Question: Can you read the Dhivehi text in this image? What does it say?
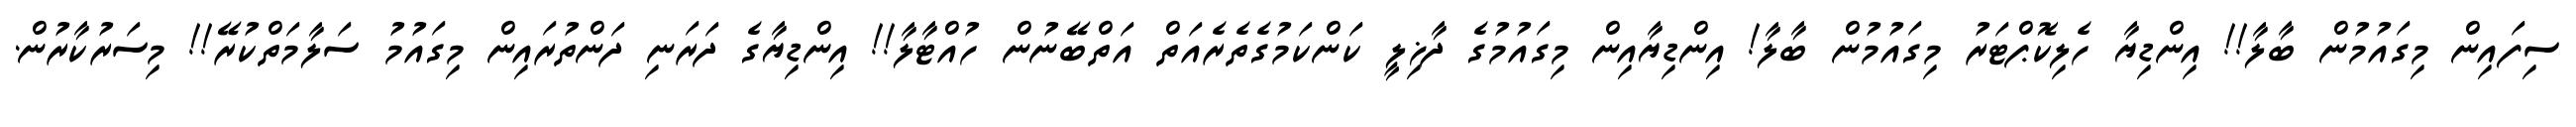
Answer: ސިފައިން މިގައުމުން ބާލާ!! އިންޑިޔާ ހެލިކޮޕްޓަރު މިގައުމުން ބާލާ! އިންޑިޔާއިން މިގައުމުގެ ދާޚިލީ ކަންކަމުގެތެރެއަތް އަތްބޭނުން ހުއްޓާލާ!! އިންޑިޔާގެ ދަރަނި ދަންތުރައިން މިގައުމު ސަލާމަތްކުރޭ!! މިސަރުކާރުން.